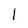
Character: I